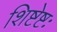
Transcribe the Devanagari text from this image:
शिष्टेष्टः